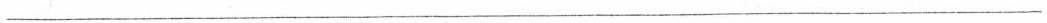
___